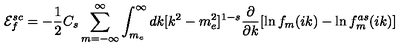
{ \cal E } _ { f } ^ { s c } = - \frac 1 2 C _ { s } \sum _ { m = - \infty } ^ { \infty } \int _ { m _ { e } } ^ { \infty } d k [ k ^ { 2 } - m _ { e } ^ { 2 } ] ^ { 1 - s } \frac { \partial } { \partial k } [ \ln f _ { m } ( i k ) - \ln f _ { m } ^ { a s } ( i k ) ]